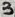
Text: 3